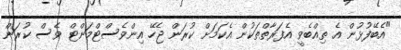
"އެބޭފުޅުން އެ ތިއްބެވީ އެފަރާތްތަކުން އެކަމަށް ކުރަން ޖެހޭ އިންވެސްޓްމަންޓް ވެސް ކުރަން